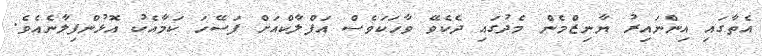
އެތާގައި އިންނައިރު ޔާނިޒްމެން މެދުގައި ދެކެވޭ ވާހަކަވެސް އަފްލާކްއަށް ފަސޭހަ ކަމާއެކު އޮޅުންފިލާނެއެވެ.